Civil Veterinary Dept. Bombay admin report 1923-31 - 1923-1931
Year: 1923
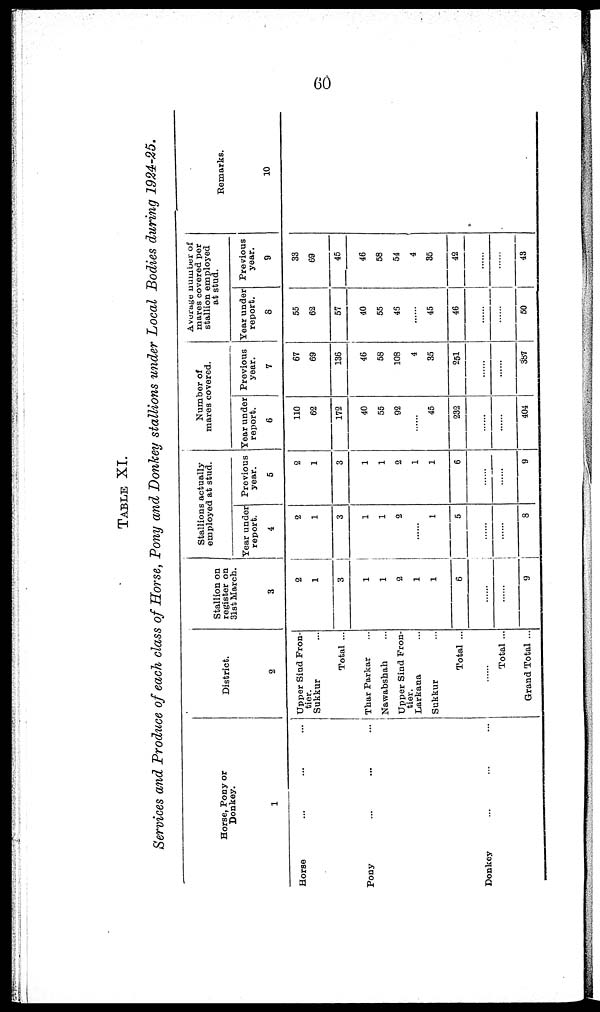
60
TABLE XI.
Services and Produce of each class of Horse, Pony and Donkey stallions under Local Bodies during 1924-25.
Horse, Pony or
Donkey.
1
Horse ... ... ...
Pony ... ... ...
Donkey ... ... ...
District.
2
Upper Sind Fron-
tier.
Sukkur ...
Total ...
Thar Parkar ...
Nawabshah ...
Upper Sind Fron-
tier.
Larkana ...
Sukkur ...
Total ...
......
Total ...
Grand Total ...
Stallion on
register on
31st March.
3
2
1
3
1
1
2
1
1
6
......
......
9
Stallions actually
employed at stud.
Year under
report.
4
2
1
3
1
1
2
......
1
5
......
......
8
Previous
year.
5
2
1
3
1
1
2
......
1
6
......
......
9
Number of
mares covered.
Year under
report.
6
110
62
172
40
55
92
......
45
232
......
......
404
Previous
year.
7
67
69
136
46
58
108
4
35
251
......
......
387
Average number of
mares covered per
stallion employed
at stud.
Year under
report.
8
55
62
57
40
55
45
......
45
46
......
......
50
Previous
year.
9
33
69
45
46
58
54
4
35
42
......
......
43
Remarks.
10